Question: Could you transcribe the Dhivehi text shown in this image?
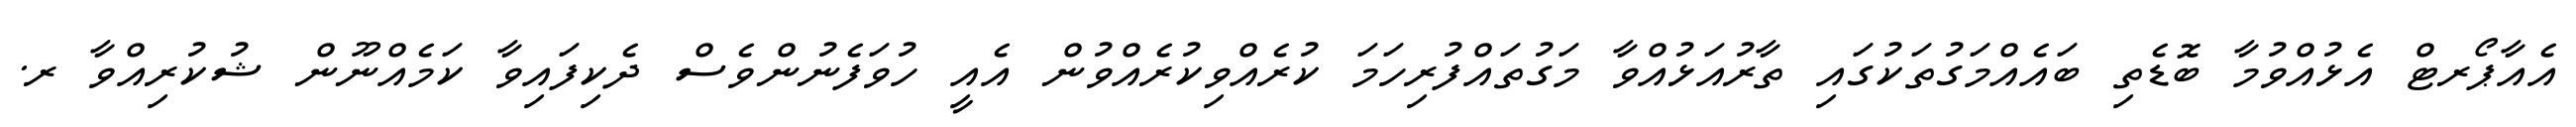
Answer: އެއާޕޯރޓް އެޅުއްވުމާ ބޮޑެތި ބައެއްމަގުތަކުގައި ތާރުއަޅުއްވާ މަގުތައްފުރިހަމަ ކުރެއްވިކުރެއްވުން އެއީ ހުވަފެނުންވެސް ދެކިފައިވާ ކަމެއްނޫން ޝުކުރިއްވާ ރ.